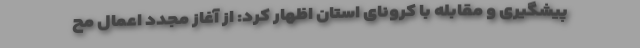
پیشگیری و مقابله با کرونای استان اظهار کرد: از آغاز مجدد اعمال مح